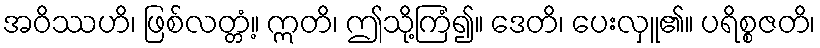
အဝိဿဟိ၊ ဖြစ်လတ္တံ့။ ဣတိ၊ ဤသို့ကြံ၍။ ဒေတိ၊ ပေးလှူ၏။ ပရိစ္စဇတိ၊